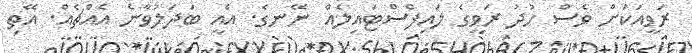
ރަވީއަކަށް ވެސް ހުދު ރަވީގެ ލައިފްސްޓައިލެއް ނޭނގެ. އެއީ ބަދަލުވާނެ އެއްޗެއް. އޭތި